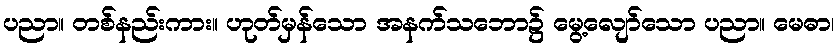
ပညာ။ တစ်နည်းကား။ ဟုတ်မှန်သော အနက်သဘော၌ မွေ့လျော်သော ပညာ။ မေဓာ၊